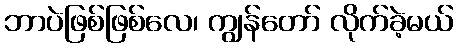
ဘာပဲဖြစ်ဖြစ်လေ၊ ကျွန်တော် လိုက်ခဲ့မယ်